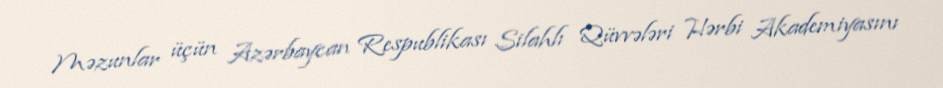
Məzunlar üçün Azərbaycan Respublikası Silahlı Qüvvələri Hərbi Akademiyasını